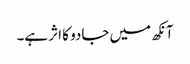
آنکھ میں جادو کا اثر ہے۔